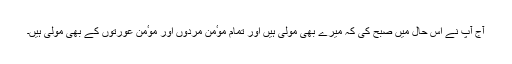
آج آپ نے اس حال میں صبح کی کہ میرے بھی مولیٰ ہیں اور تمام موٴمن مردوں اور موٴمن عورتوں کے بھی مولیٰ ہیں۔